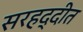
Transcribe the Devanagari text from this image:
सरहद्दीत